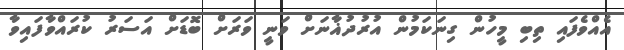
އެއްވެފައި ތިބި މީހުން ގިނަކަމުން އުރުދުޣާނަށް ވަނީ ވަރަށް ބޮޑަށް އަސަރު ކުރައްވާފައިވާ